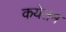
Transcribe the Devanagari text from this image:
कयेतम